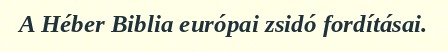
A Héber Biblia európai zsidó fordításai.